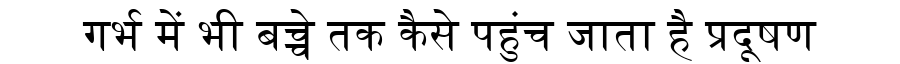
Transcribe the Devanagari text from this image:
गर्भ में भी बच्चे तक कैसे पहुंच जाता है प्रदूषण